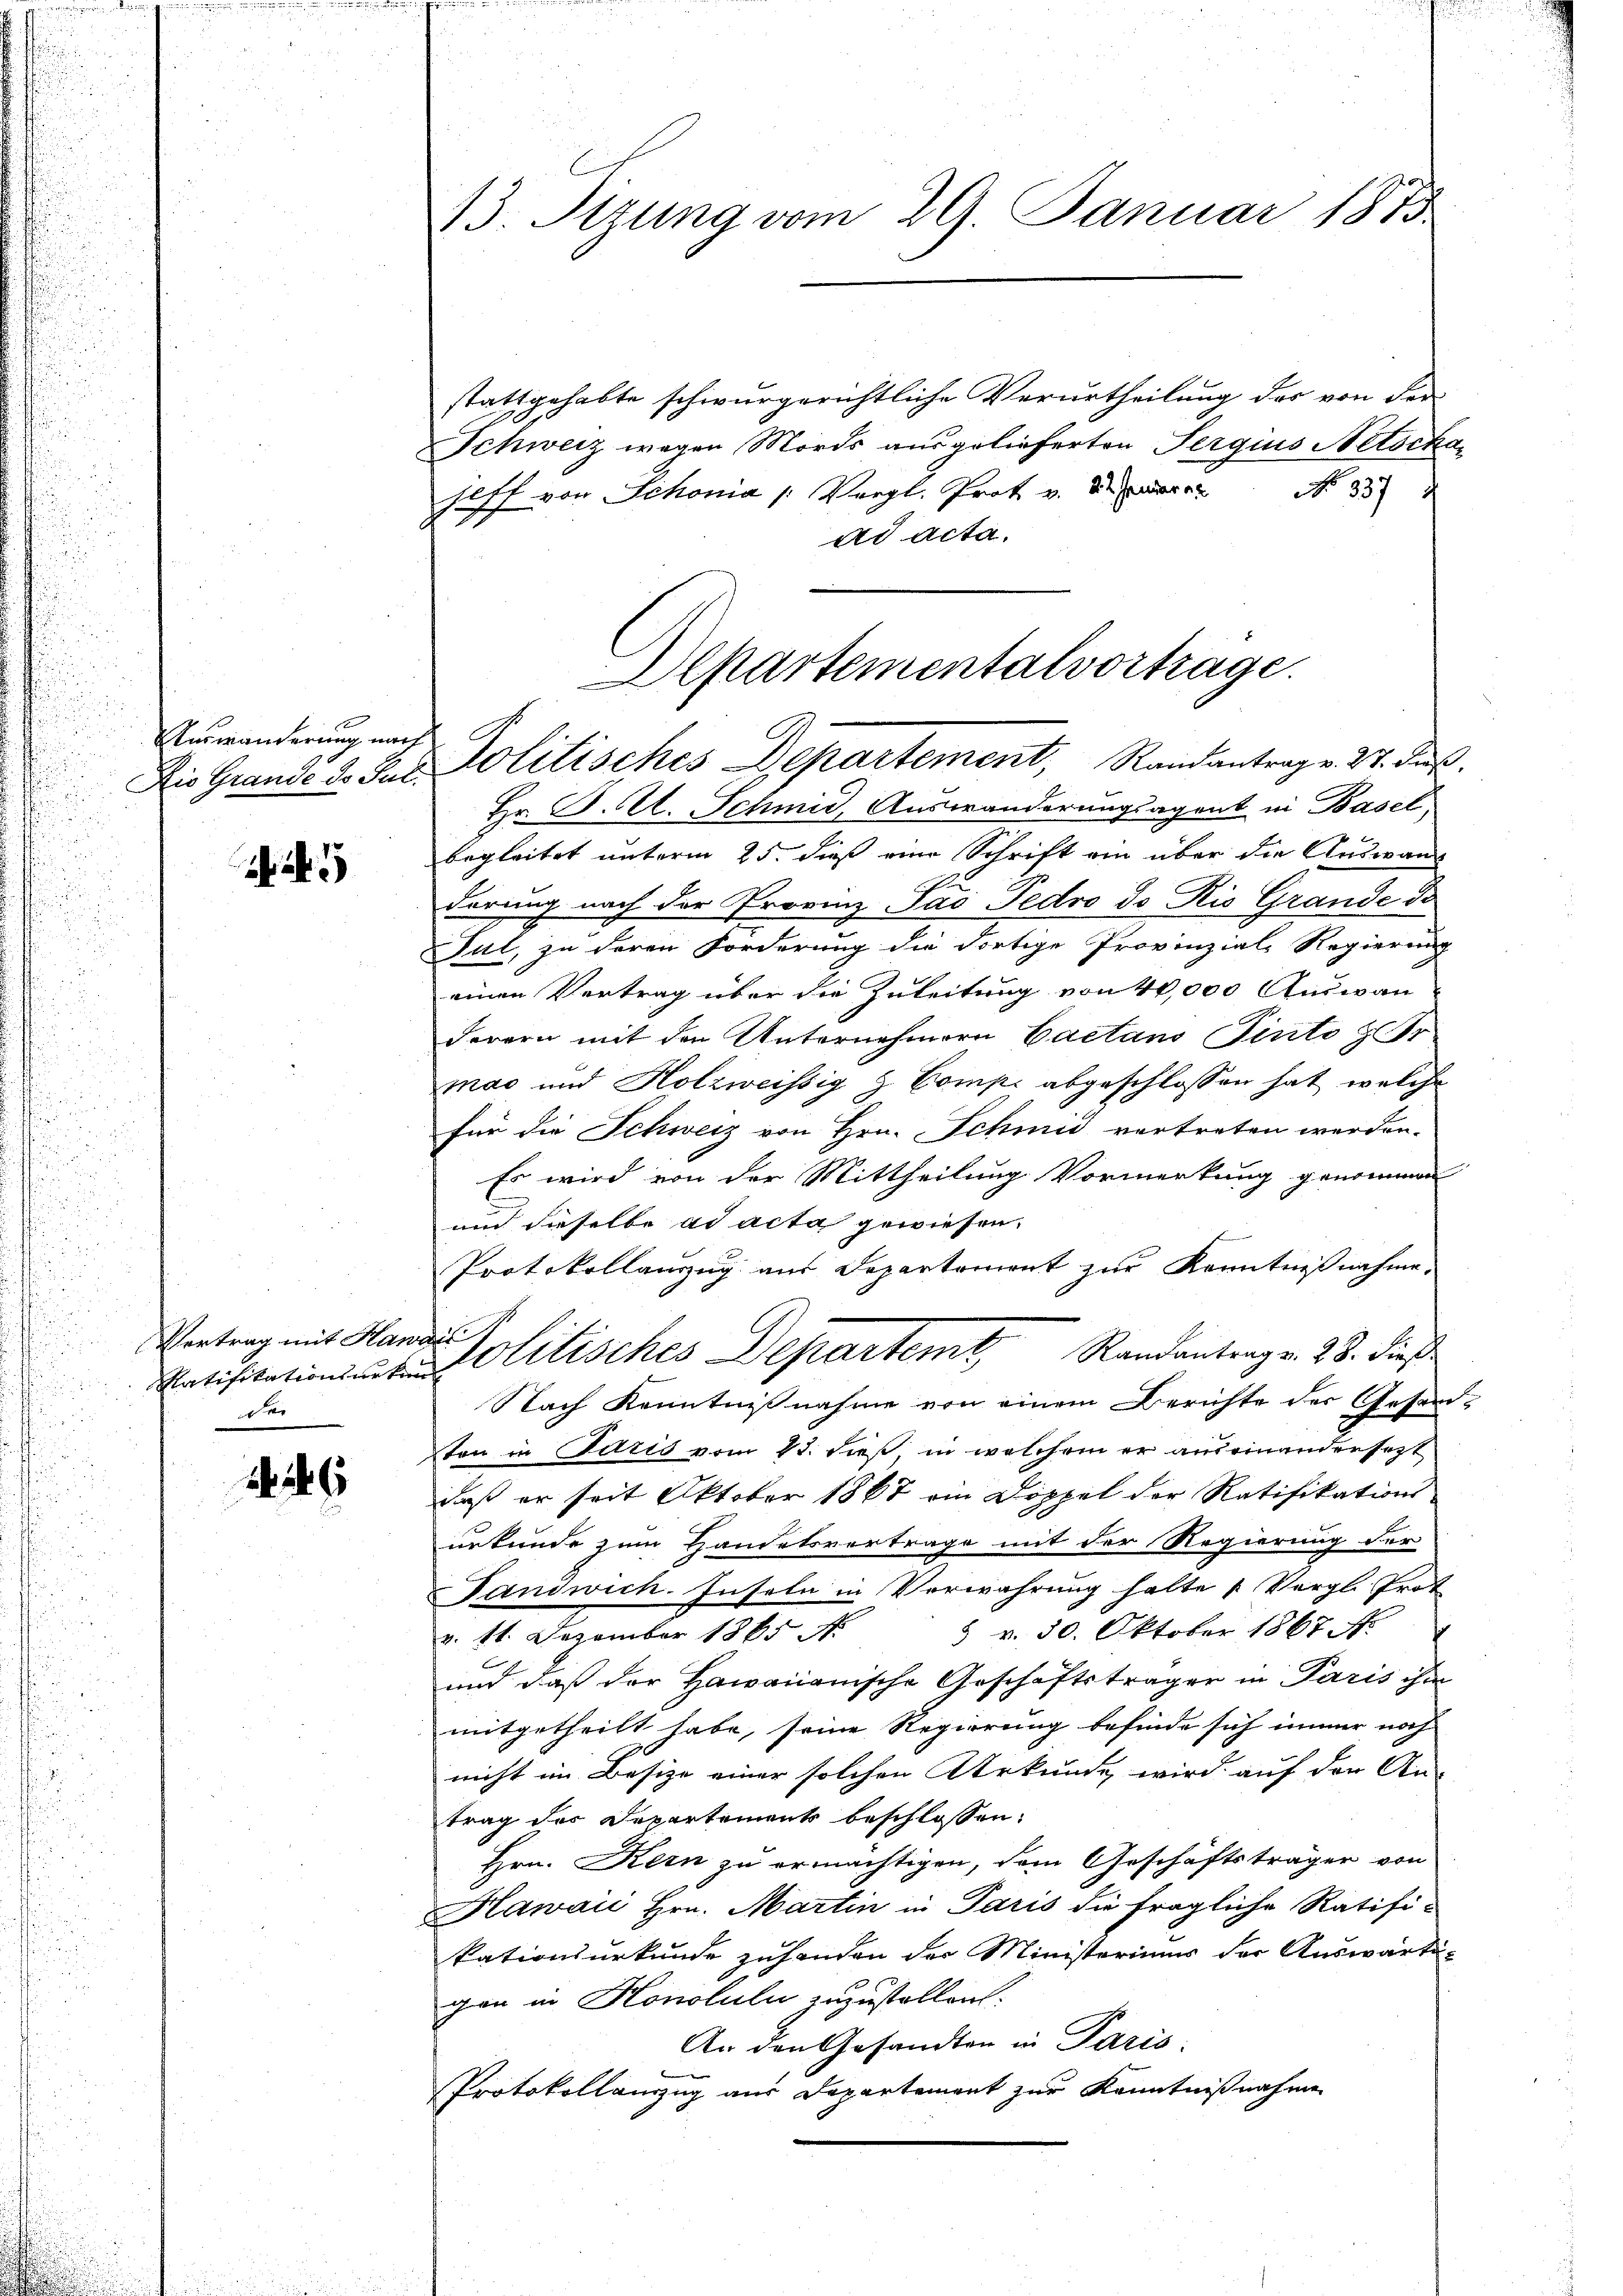
Auswanderung nach

Vertrag mit Hawai
de

26

stattgehabte schwurgerichtliche Verurtheilung des von der
Schweiz wegen Mords ausgelieferten Sergius Netockahoff von Schonia /: Vergl. Prot v. der No. 35
ad acta.
Departementalvortrage.

43. Stzung vom 29. Januar 1873

Die Grande 3. Jur. Politisches Departement, Randantrag v. 27. Jus

Hr. P. V. Schmid, Auswanderungsagent in Basel,
begleitet unterm 25. dieß eine Schrift ein über die Auswang
derung nach der Provinz Jao Fedvo de Ris Grande de
Ful, zu deren Forderung die dortige Provinzial-Regierung
einen Vertrag über die Zuleitung von 40,000 Auswan
derern mit den Unternehmern Caetans Pinto z Gr
mac und Holzweissig & Compi abgeschlossen hat, welche
für die Schweiz von Hrn. Schmid vertreten werden.
Es wird von der Mittheilung Vormerkung genommen
und dieselbe ad acta gewiesen.
Protokollanzug aus Departement zur Kenntnißnahme
Ratifikationsanten Molitisches Departemt Randantrag v. 28. dieß
Nach Kenntnißnahme von einem Berichte der Gesandton in Paris vom 18. dieß in welchem er auseinandersezt
daß er seit Oktober 1867 ein Doppel der Ratifikations-
urkunde zum Handelsvertrage mit der Regierung der
Tanowich. Inseln in Verwahrung halte „Vergl. Prot
5 v. 30. Oktober 1867 No
v. 11. Dezember 1865 N.
und daß der Hawanonische Geschäftsträger in Paris ihm
mitgetheilt habe, seine Regierung befinde sich immer noch
nicht im Besize einer solchen Urkunde, wird auf der An-
trag der Departements beschlossen:
Hrn. Kern zu ermächtigen, dem Geschäftsträger von
Hawaić Hrn. Martin in Paris die fragliche Ratifi-
kationsurkunde zuhanden der Ministeriums der Auswarte-
gen in Honotuln zuzustellen:
An den Gesandten in Paris.
Protokollanzug aus Departement zur Kenntnißnahme